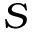
S